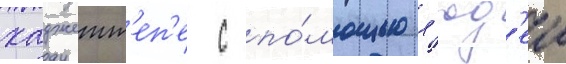
хаджетт'еп'е с по́мощью л'юд'еи